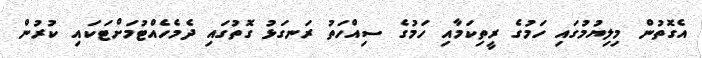
އެގޮތުން މިލިޔުމުގައި ހަމުގެ ރީތިކަމާއި ހަމުގެ ސިއްހަތު ރަނގަޅު ގޮތުގައި ދެމެހެއްޓުމަށްޓަކައި ކުރުން